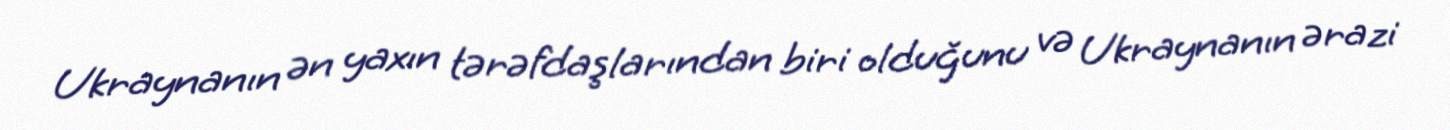
Ukraynanın ən yaxın tərəfdaşlarından biri olduğunu və Ukraynanın ərazi